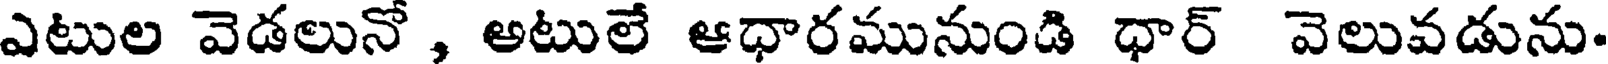
ఎటుల వెడలునో , అటులే ఆధారమునుండి ధార్ వెలువడును